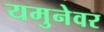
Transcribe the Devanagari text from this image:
यमुनेवर